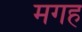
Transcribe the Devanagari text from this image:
मगह